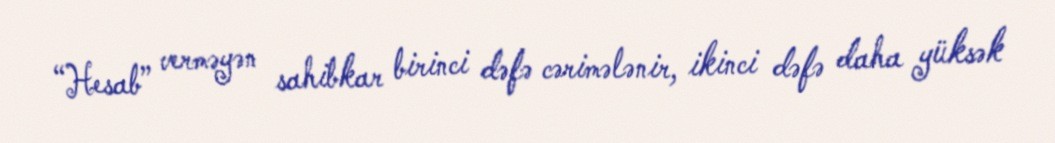
“Hesab” verməyən sahibkar birinci dəfə cərimələnir, ikinci dəfə daha yüksək